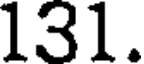
131.